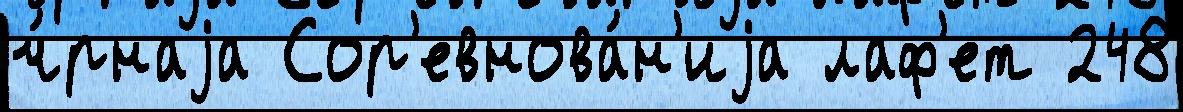
ч́рнаjа Сор'евнова́н'иjа лаф'ет 248